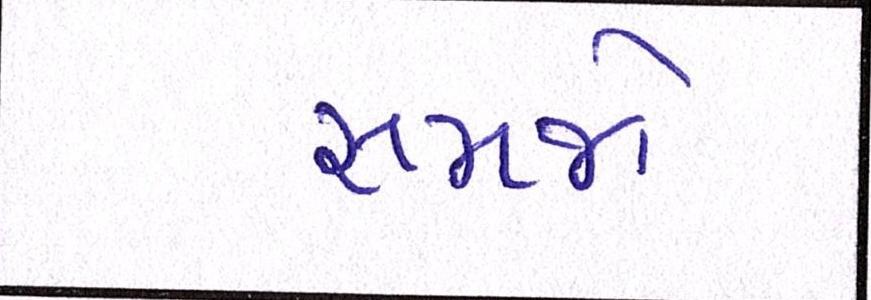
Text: સમજો